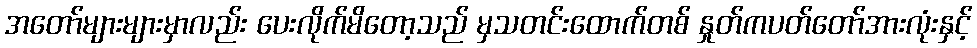
အတော်များများမှာလည်း ပေးလိုက်မိတော့သည် မှသတင်းထောက်တစ် နှုတ်ကပတ်တော်အားလုံးနှင့်